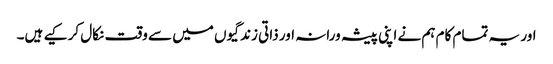
اور یہ تمام کام ہم نے اپنی پیشہ ورانہ اور ذاتی زندگیوں میں سے وقت نکال کر کیے ہیں۔